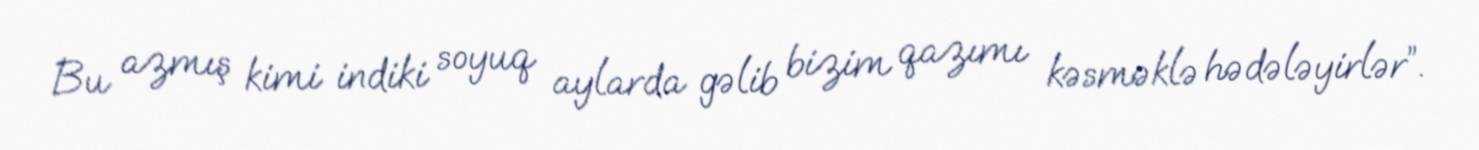
Bu azmış kimi indiki soyuq aylarda gəlib bizim qazımı kəsməklə hədələyirlər”.